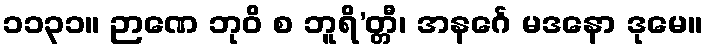
၁၁၃၁။ ဉာဏေ ဘုဝိ စ ဘူရိ’တ္တီ၊ အနင်္ဂေ မဒနော ဒုမေ။